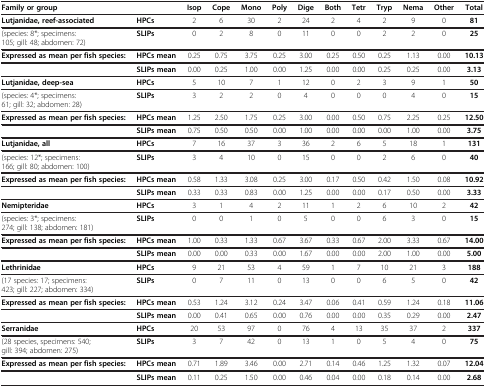
<table><thead><tr><td><b>Family or group</b></td><td>[EMPTY_CELL]</td><td><b>Isop</b></td><td><b>Cope</b></td><td><b>Mono</b></td><td><b>Poly</b></td><td><b>Dige</b></td><td><b>Both</b></td><td><b>Tetr</b></td><td><b>Tryp</b></td><td><b>Nema</b></td><td><b>Other</b></td><td><b>Total</b></td></tr></thead><tbody><tr><td><b>Lutjanidae, reef-associated</b></td><td><b>HPCs</b></td><td>2</td><td>6</td><td>30</td><td>2</td><td>24</td><td>2</td><td>4</td><td>2</td><td>9</td><td>0</td><td><b>81</b></td></tr><tr><td>(species: 8*; specimens: 105; gill: 48; abdomen: 72)</td><td><b>SLIPs</b></td><td>0</td><td>2</td><td>8</td><td>0</td><td>11</td><td>0</td><td>0</td><td>2</td><td>2</td><td>0</td><td><b>25</b></td></tr><tr><td><b>Expressed as mean per fish species:</b></td><td><b>HPCs mean</b></td><td>0.25</td><td>0.75</td><td>3.75</td><td>0.25</td><td>3.00</td><td>0.25</td><td>0.50</td><td>0.25</td><td>1.13</td><td>0.00</td><td><b>10.13</b></td></tr><tr><td>[EMPTY_CELL]</td><td><b>SLIPs mean</b></td><td>0.00</td><td>0.25</td><td>1.00</td><td>0.00</td><td>1.25</td><td>0.00</td><td>0.00</td><td>0.25</td><td>0.25</td><td>0.00</td><td><b>3.13</b></td></tr><tr><td><b>Lutjanidae, deep-sea</b></td><td><b>HPCs</b></td><td>5</td><td>10</td><td>7</td><td>1</td><td>12</td><td>0</td><td>2</td><td>3</td><td>9</td><td>1</td><td><b>50</b></td></tr><tr><td>(species: 4*; specimens: 61; gill: 32; abdomen: 28)</td><td><b>SLIPs</b></td><td>3</td><td>2</td><td>2</td><td>0</td><td>4</td><td>0</td><td>0</td><td>0</td><td>4</td><td>0</td><td><b>15</b></td></tr><tr><td><b>Expressed as mean per fish species:</b></td><td><b>HPCs mean</b></td><td>1.25</td><td>2.50</td><td>1.75</td><td>0.25</td><td>3.00</td><td>0.00</td><td>0.50</td><td>0.75</td><td>2.25</td><td>0.25</td><td><b>12.50</b></td></tr><tr><td>[EMPTY_CELL]</td><td><b>SLIPs mean</b></td><td>0.75</td><td>0.50</td><td>0.50</td><td>0.00</td><td>1.00</td><td>0.00</td><td>0.00</td><td>0.00</td><td>1.00</td><td>0.00</td><td><b>3.75</b></td></tr><tr><td><b>Lutjanidae, all</b></td><td><b>HPCs</b></td><td>7</td><td>16</td><td>37</td><td>3</td><td>36</td><td>2</td><td>6</td><td>5</td><td>18</td><td>1</td><td><b>131</b></td></tr><tr><td>(species: 12*; specimens: 166; gill: 80; abdomen: 100)</td><td><b>SLIPs</b></td><td>3</td><td>4</td><td>10</td><td>0</td><td>15</td><td>0</td><td>0</td><td>2</td><td>6</td><td>0</td><td><b>40</b></td></tr><tr><td><b>Expressed as mean per fish species:</b></td><td><b>HPCs mean</b></td><td>0.58</td><td>1.33</td><td>3.08</td><td>0.25</td><td>3.00</td><td>0.17</td><td>0.50</td><td>0.42</td><td>1.50</td><td>0.08</td><td><b>10.92</b></td></tr><tr><td>[EMPTY_CELL]</td><td><b>SLIPs mean</b></td><td>0.33</td><td>0.33</td><td>0.83</td><td>0.00</td><td>1.25</td><td>0.00</td><td>0.00</td><td>0.17</td><td>0.50</td><td>0.00</td><td><b>3.33</b></td></tr><tr><td><b>Nemipteridae</b></td><td><b>HPCs</b></td><td>3</td><td>1</td><td>4</td><td>2</td><td>11</td><td>1</td><td>2</td><td>6</td><td>10</td><td>2</td><td><b>42</b></td></tr><tr><td>(species: 3*; specimens: 274; gill: 138; abdomen: 181)</td><td><b>SLIPs</b></td><td>0</td><td>0</td><td>1</td><td>0</td><td>5</td><td>0</td><td>0</td><td>6</td><td>3</td><td>0</td><td><b>15</b></td></tr><tr><td><b>Expressed as mean per fish species:</b></td><td><b>HPCs mean</b></td><td>1.00</td><td>0.33</td><td>1.33</td><td>0.67</td><td>3.67</td><td>0.33</td><td>0.67</td><td>2.00</td><td>3.33</td><td>0.67</td><td><b>14.00</b></td></tr><tr><td>[EMPTY_CELL]</td><td><b>SLIPs mean</b></td><td>0.00</td><td>0.00</td><td>0.33</td><td>0.00</td><td>1.67</td><td>0.00</td><td>0.00</td><td>2.00</td><td>1.00</td><td>0.00</td><td><b>5.00</b></td></tr><tr><td><b>Lethrinidae</b></td><td><b>HPCs</b></td><td>9</td><td>21</td><td>53</td><td>4</td><td>59</td><td>1</td><td>7</td><td>10</td><td>21</td><td>3</td><td><b>188</b></td></tr><tr><td>(17 species: 17; specimens: 423; gill: 227; abdomen: 334)</td><td><b>SLIPs</b></td><td>0</td><td>7</td><td>11</td><td>0</td><td>13</td><td>0</td><td>0</td><td>6</td><td>5</td><td>0</td><td><b>42</b></td></tr><tr><td><b>Expressed as mean per fish species:</b></td><td><b>HPCs mean</b></td><td>0.53</td><td>1.24</td><td>3.12</td><td>0.24</td><td>3.47</td><td>0.06</td><td>0.41</td><td>0.59</td><td>1.24</td><td>0.18</td><td><b>11.06</b></td></tr><tr><td>[EMPTY_CELL]</td><td><b>SLIPs mean</b></td><td>0.00</td><td>0.41</td><td>0.65</td><td>0.00</td><td>0.76</td><td>0.00</td><td>0.00</td><td>0.35</td><td>0.29</td><td>0.00</td><td><b>2.47</b></td></tr><tr><td><b>Serranidae</b></td><td><b>HPCs</b></td><td>20</td><td>53</td><td>97</td><td>0</td><td>76</td><td>4</td><td>13</td><td>35</td><td>37</td><td>2</td><td><b>337</b></td></tr><tr><td>(28 species, specimens: 540; gill: 394; abdomen: 275)</td><td><b>SLIPs</b></td><td>3</td><td>7</td><td>42</td><td>0</td><td>13</td><td>1</td><td>0</td><td>5</td><td>4</td><td>0</td><td><b>75</b></td></tr><tr><td><b>Expressed as mean per fish species:</b></td><td><b>HPCs mean</b></td><td>0.71</td><td>1.89</td><td>3.46</td><td>0.00</td><td>2.71</td><td>0.14</td><td>0.46</td><td>1.25</td><td>1.32</td><td>0.07</td><td><b>12.04</b></td></tr><tr><td>[EMPTY_CELL]</td><td><b>SLIPs mean</b></td><td>0.11</td><td>0.25</td><td>1.50</td><td>0.00</td><td>0.46</td><td>0.04</td><td>0.00</td><td>0.18</td><td>0.14</td><td>0.00</td><td><b>2.68</b></td></tr></tbody></table>